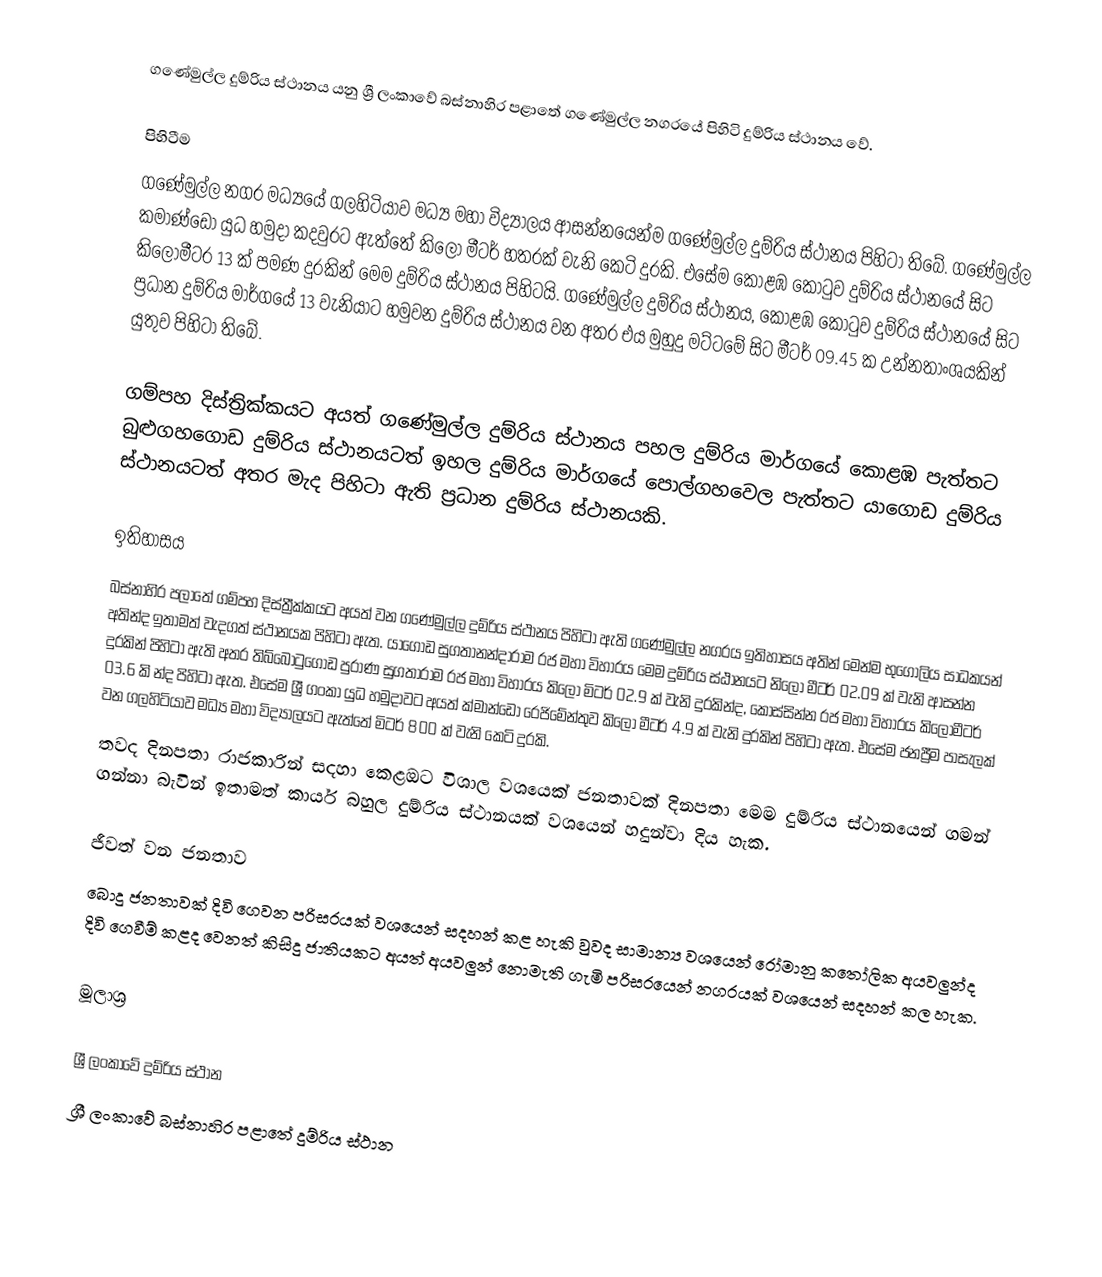
ගණේමුල්ල දුම්රිය ස්ථානය යනු ශ්‍රී ලංකාවේ බස්නාහිර පළාතේ ගණේමුල්ල නගරයේ පිහිටි දුම්රිය ස්ථානය වේ.

පිහිටීම
ගණේමුල්ල නගර මධ්‍යයේ ගලහිටියාව මධ්‍ය මහා විද්‍යාලය ආසන්නයෙන්ම ගණේමුල්ල දුම්රිය ස්ථානය පිහිටා තිබේ. ගණේමුල්ල කමාණ්ඩෝ යුධ හමුදා කදවුරට ඇත්තේ කිලෝ මීටර් හතරක් වැනි කෙටි දුරකි. එසේම කොළඹ කොටුව දුම්රිය ස්ථානයේ සිට කිලෝමීටර 13 ක් පමණ දුරකින් මෙම දුම්රිය ස්ථානය පිහිටයි. ගණේමුල්ල දුම්රිය ස්ථානය, කොළඹ කොටුව දුම්රිය ස්ථානයේ සිට ප්‍රධාන දුම්රිය මාර්ගයේ 13 වැනියාට හමුවන දුම්රිය ස්ථානය වන අතර එය මුහුදු මට්ටමේ සිට මීටර් 09.45 ක උන්නතාංශයකින් යුතුව පිහිටා තිබේ.

ගම්පහ දිස්ත්‍රික්කයට අයත් ගණේමුල්ල දුම්රිය ස්ථානය පහල දුම්රිය මාර්ගයේ කොළඹ පැත්තට බුළුගහගොඩ දුම්රිය ස්ථානයටත් ඉහල දුම්රිය මාර්ගයේ පොල්ගහවෙල පැත්තට යාගොඩ දුම්රිය ස්ථානයටත් අතර මැද පිහිටා ඇති ප්‍රධාන දුම්රිය ස්ථානයකි.

ඉතිහාසය
බස්නාහිර පලාතේ ගම්පහ දිස්ත්‍රීක්කයට අයත් වන ගණේමුල්ල දුම්රිය ස්ථානය පිහිටා ඇති ගණේමුල්ල නගරය ඉතිහාසය අතින් මෙන්ම භුගෝලිය සාධකයන් අතින්ද ඉතාමත් වැදගත් ස්ථානයක පිහිටා ඇත. යාගොඩ සුගතානන්දාරාම රජ මහා විහාරය මෙම දුම්රිය ස්ඨානයට නිලෝ මීටර් 02.09 ක් වැනි ආසන්න දුරකින් පිහිටා ඇති අතර තිබ්බොටුගොඩ පුරාණ සුගතාරාම රජ මහා විහාරය කිලෝ මිටර් 02.9 ක් වැනි දුරකින්ද, කොස්සින්න රජ මහා විහාරය කිලෝමීටර් 03.6 කි න්ද පිහිටා ඇත. එසේම ශ්‍රී ගංකා යුධ හමුදාවට අයත් ක්මාන්ඩෝ රෙජිමේන්තුව කිලෝ මීටර් 4.9 ක් වැනි දුරකින් පිහිටා ඇත. එසේම ජනප්‍රීම පාසැලක් වන ගලහිටියාව මධ්‍ය මහා විද්‍යාලයට ඇත්තේ මිටර් 800 ක් වැනි කෙටි දුරකි.
තවද දිනපතා රාජකාරින් සදහා කෙළඔට විශාල වශයෙක් ජනතාවක් දිනපතා මෙම දුම්රිය ස්ථානයෙන් ගමන් ගන්නා බැවින් ඉතාමත් කාර්ය බහුල දුම්රිය ස්ථානයක් වශයෙන් හදුන්වා දිය හැක.

ජීවත් වන ජනතාව
බොදු ජනතාවක් දිවි ගෙවන පරිසරයක් වශයෙන් සදහන් කළ හැකි වුවද සාමාන්‍ය වශයෙන් රෝමානු කතෝලික අයවලුන්ද දිවි ගෙවීම් කළද වෙනත් කිසිදු ජාතියකට අයත් අයවලුන් නොමැති ගැමි පරිසරයෙන් නගරයක් වශයෙන්  සදහන් කල හැක.

මූලාශ්‍ර

ශ්‍රී ලංකාවේ දුම්රිය ස්ථාන
ශ්‍රී ලංකාවේ බස්නාහිර පළාතේ දුම්රිය ස්ථාන